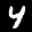
Label: 4